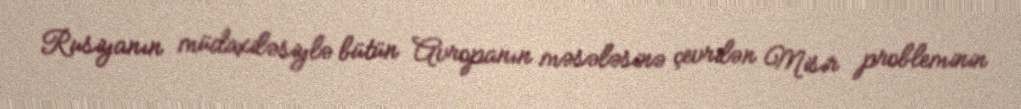
Rusiyanın müdaxiləsiylə bütün Avropanın məsələsinə çevrilən Misir probleminin